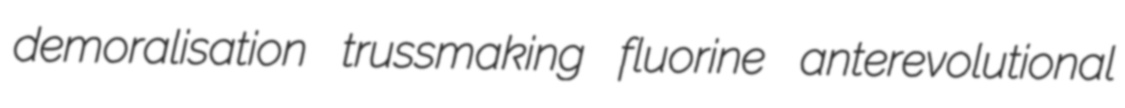
demoralisation trussmaking fluorine anterevolutional